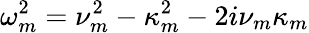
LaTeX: \omega_{m}^{2}=\nu_{m}^{2}-\kappa_{m}^{2}-2i\nu_{m}\kappa_{m}